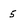
Character: 5